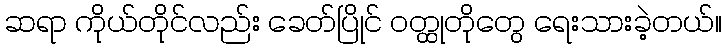
ဆရာ ကိုယ်တိုင်လည်း ခေတ်ပြိုင် ဝတ္ထုတိုတွေ ရေးသားခဲ့တယ်။